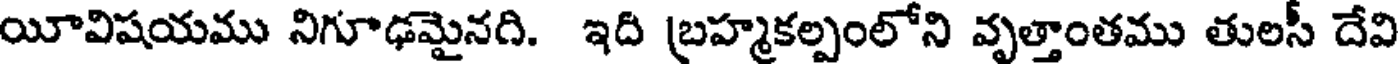
యీవిషయము నిగూఢమైనది. ఇది బ్రహ్మకల్పంలోని వృత్తాంతము తులసీ దేవి